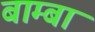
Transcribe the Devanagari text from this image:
बाम्बा